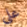
على